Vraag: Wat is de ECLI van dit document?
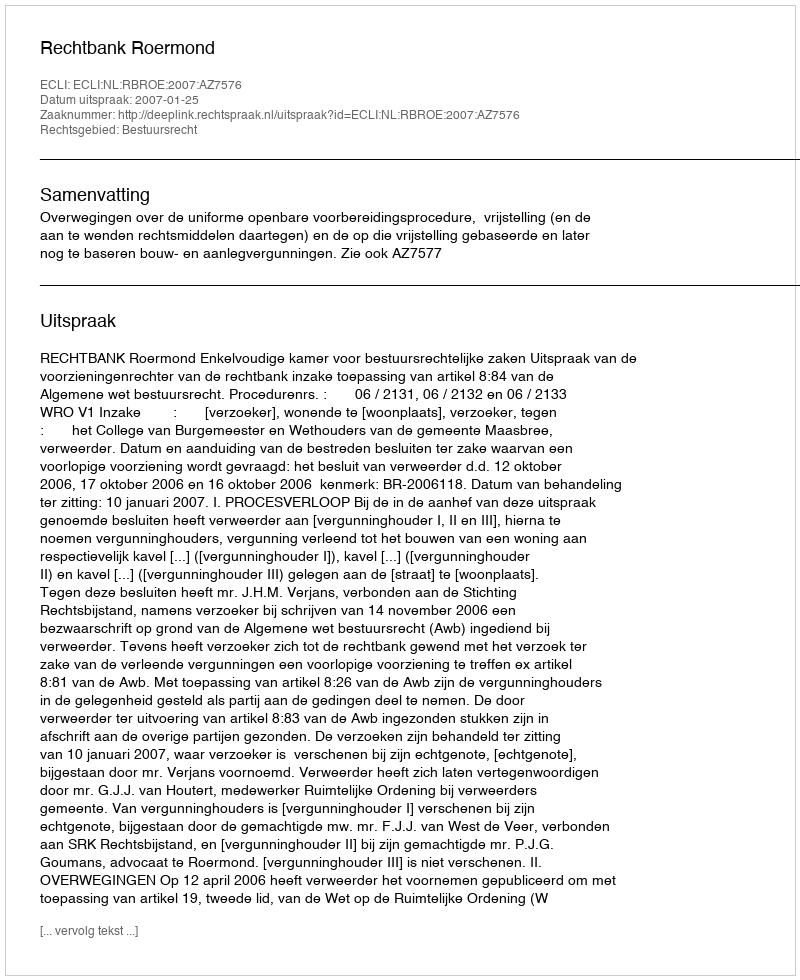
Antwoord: ECLI:NL:RBROE:2007:AZ7576